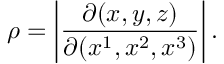
\rho = \left| { \frac { \partial ( x , y , z ) } { \partial ( x ^ { 1 } , x ^ { 2 } , x ^ { 3 } ) } } \right| .